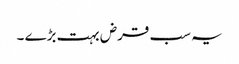
یہ سب قرض بہت بڑے ۔